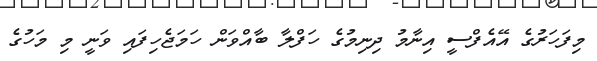
މިފަހަރުގެ އޭއެފްސީ އިނާމު ދިނިމުގެ ހަފްލާ ބާއްވަން ހަމަޖެހިފައި ވަނީ މި މަހުގެ